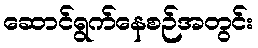
ဆောင်ရွက်နေစဉ်အတွင်း